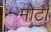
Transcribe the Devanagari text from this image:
मोर्टा